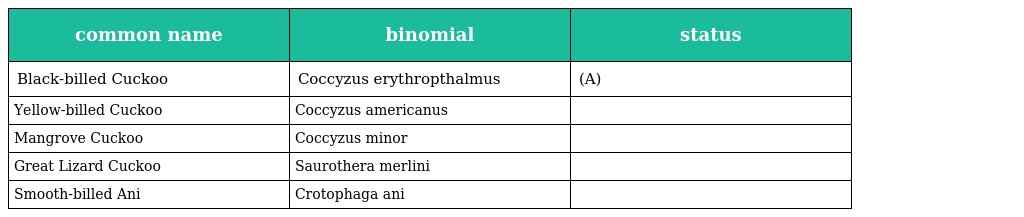
| common name | binomial | status |
 | --- | --- | --- |
 | Black-billed Cuckoo | Coccyzus erythropthalmus | (A) |
 | Yellow-billed Cuckoo | Coccyzus americanus |  |
 | Mangrove Cuckoo | Coccyzus minor |  |
 | Great Lizard Cuckoo | Saurothera merlini |  |
 | Smooth-billed Ani | Crotophaga ani |  |